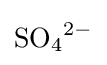
{\mathrm {SO} {\vphantom {A}}_{\smash[{t}]{4}}{\vphantom {A}}^{2-}}